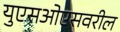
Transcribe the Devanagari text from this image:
युएसओएसवरील